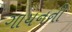
ગાયનની